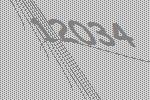
12034